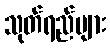
သုတ်ရည်များ